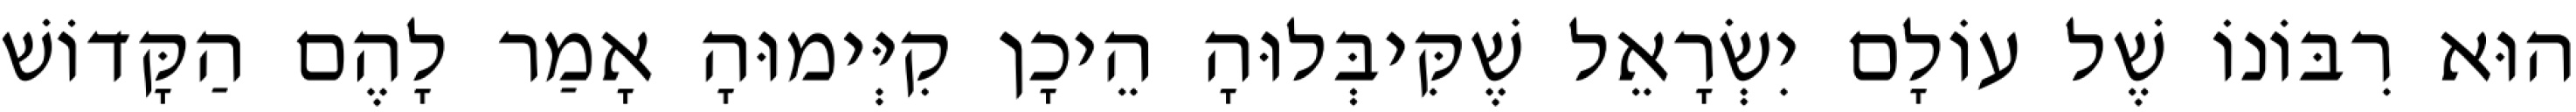
הוּא רִבּוֹנוֹ שֶׁל עוֹלָם יִשְׂרָאֵל שֶׁקִּיבְּלוּהָ הֵיכָן קִיְּימוּהָ אָמַר לָהֶם הַקָּדוֹשׁ